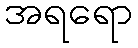
အရရော